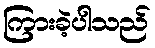
ကြားခဲ့ပါသည်